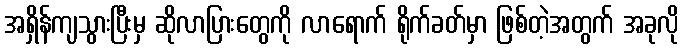
အရှိန်ကျသွားပြီးမှ ဆိုလာပြားတွေကို လာရောက် ရိုက်ခတ်မှာ ဖြစ်တဲ့အတွက် အခုလို